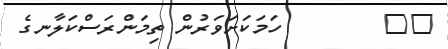
١٨        ހަމަކަށަަވަރުން ތިމަންރަސްކަލާނގެ